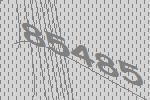
85485